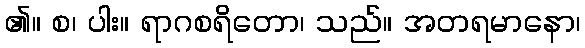
၏။ စ၊ ပါး။ ရာဂစရိတော၊ သည်။ အတရမာနော၊